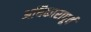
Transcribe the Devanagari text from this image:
अधिकारापूर्व